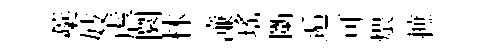
蘃妓虐圜林濓瑤斷逅可煨摭